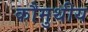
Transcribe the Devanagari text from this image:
कौमुथीय